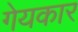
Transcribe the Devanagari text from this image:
गेयकार